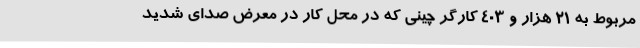
مربوط به ۲۱ هزار و ۴۰۳ کارگر چینی که در محل کار در معرض صدای شدید